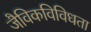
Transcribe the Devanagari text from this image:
जैविकविविधता